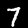
Digit: 7